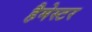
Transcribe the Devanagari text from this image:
हैमेस्टर